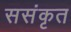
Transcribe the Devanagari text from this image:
ससंकृत